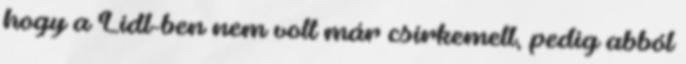
hogy a Lidl-ben nem volt már csirkemell, pedig abból